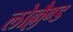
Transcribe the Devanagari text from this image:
लोल्लैण्ड